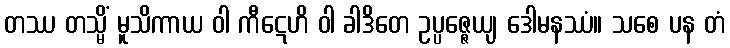
တဿ တသ္မိံ မူသိကာယ ဝါ ကီဋေဟိ ဝါ ခါဒိတေ ဥပ္ပဇ္ဇေယျ ဒေါမနဿံ။ သစေ ပန တံ